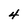
Character: 4